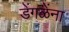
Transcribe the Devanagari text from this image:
डेंगळेंना